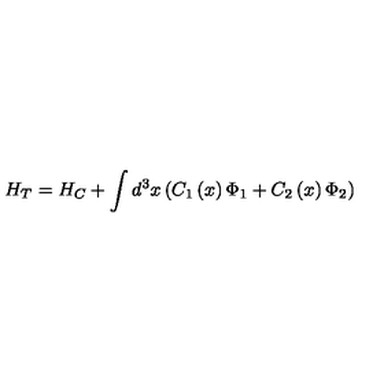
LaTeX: H _ { T } = H _ { C } + \int d ^ { 3 } x \left( C _ { 1 } \left( x \right) \Phi _ { 1 } + C _ { 2 } \left( x \right) \Phi _ { 2 } \right)